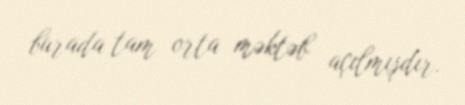
burada tam orta məktəb açılmışdır.